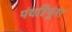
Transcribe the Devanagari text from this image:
पंचरिपूंना